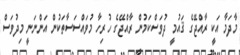
މާދަމާ އަކީ ރާއްޖޭގެ ޤައުމީ ދުވަސްކަމުން ރާއްޖޭގެ ހުރިހާ މުވައްސަސާތަކުން އަންނަނީ މިދުވަސް